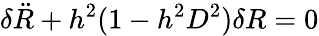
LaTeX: \delta{\ddot{R}}+h^{2}(1-h^{2}D^{2})\delta R=0